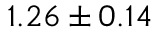
1 . 2 6 \pm 0 . 1 4